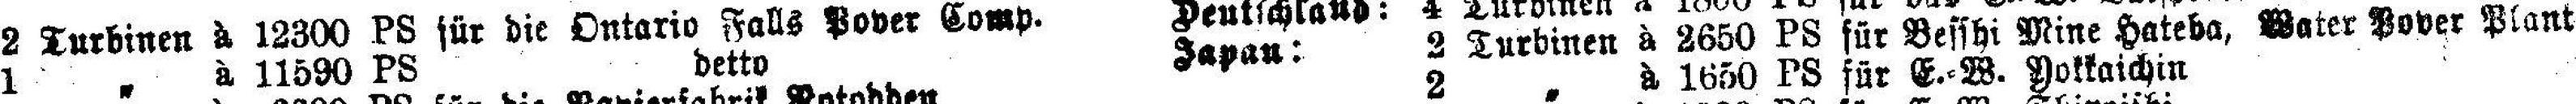
1 „ à 11590 PS detto Japan: 2 Turbinen à 2650 PS für Besshi Mine Hateba, Water Pover Plant